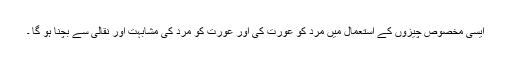
ایسی مَخصُوص چیزوں کے اِستعمال میں مَرد کو عورت کی اور عورت کو مَرد کی مُشابَہت اور نَقّالی سے بچنا ہو گا ۔